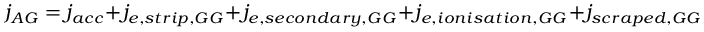
j _ { A G } = j _ { a c c } + j _ { e , s t r i p , G G } + j _ { e , s e c o n d a r y , G G } + j _ { e , i o n i s a t i o n , G G } + j _ { s c r a p e d , G G }